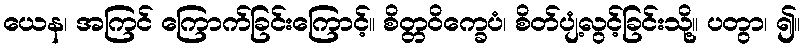
ယေန၊ အကြင် ကြောက်ခြင်းကြောင့်။ စိတ္တဝိက္ခေပံ၊ စိတ်ပျံ့လွင့်ခြင်းသို့။ ပတွာ၊ ၍။